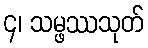
၄၊ သမ္ဖဿသုတ်